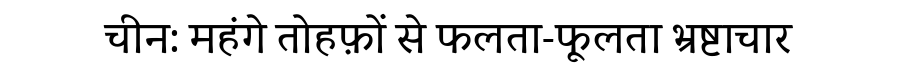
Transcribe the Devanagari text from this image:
चीन: महंगे तोहफ़ों से फलता-फूलता भ्रष्टाचार